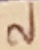
Text: 2